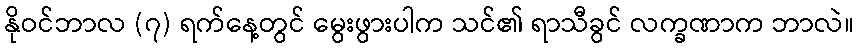
နိုဝင်ဘာလ (၇) ရက်နေ့တွင် မွေးဖွားပါက သင်၏ ရာသီခွင် လက္ခဏာက ဘာလဲ။